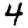
Digit: 4